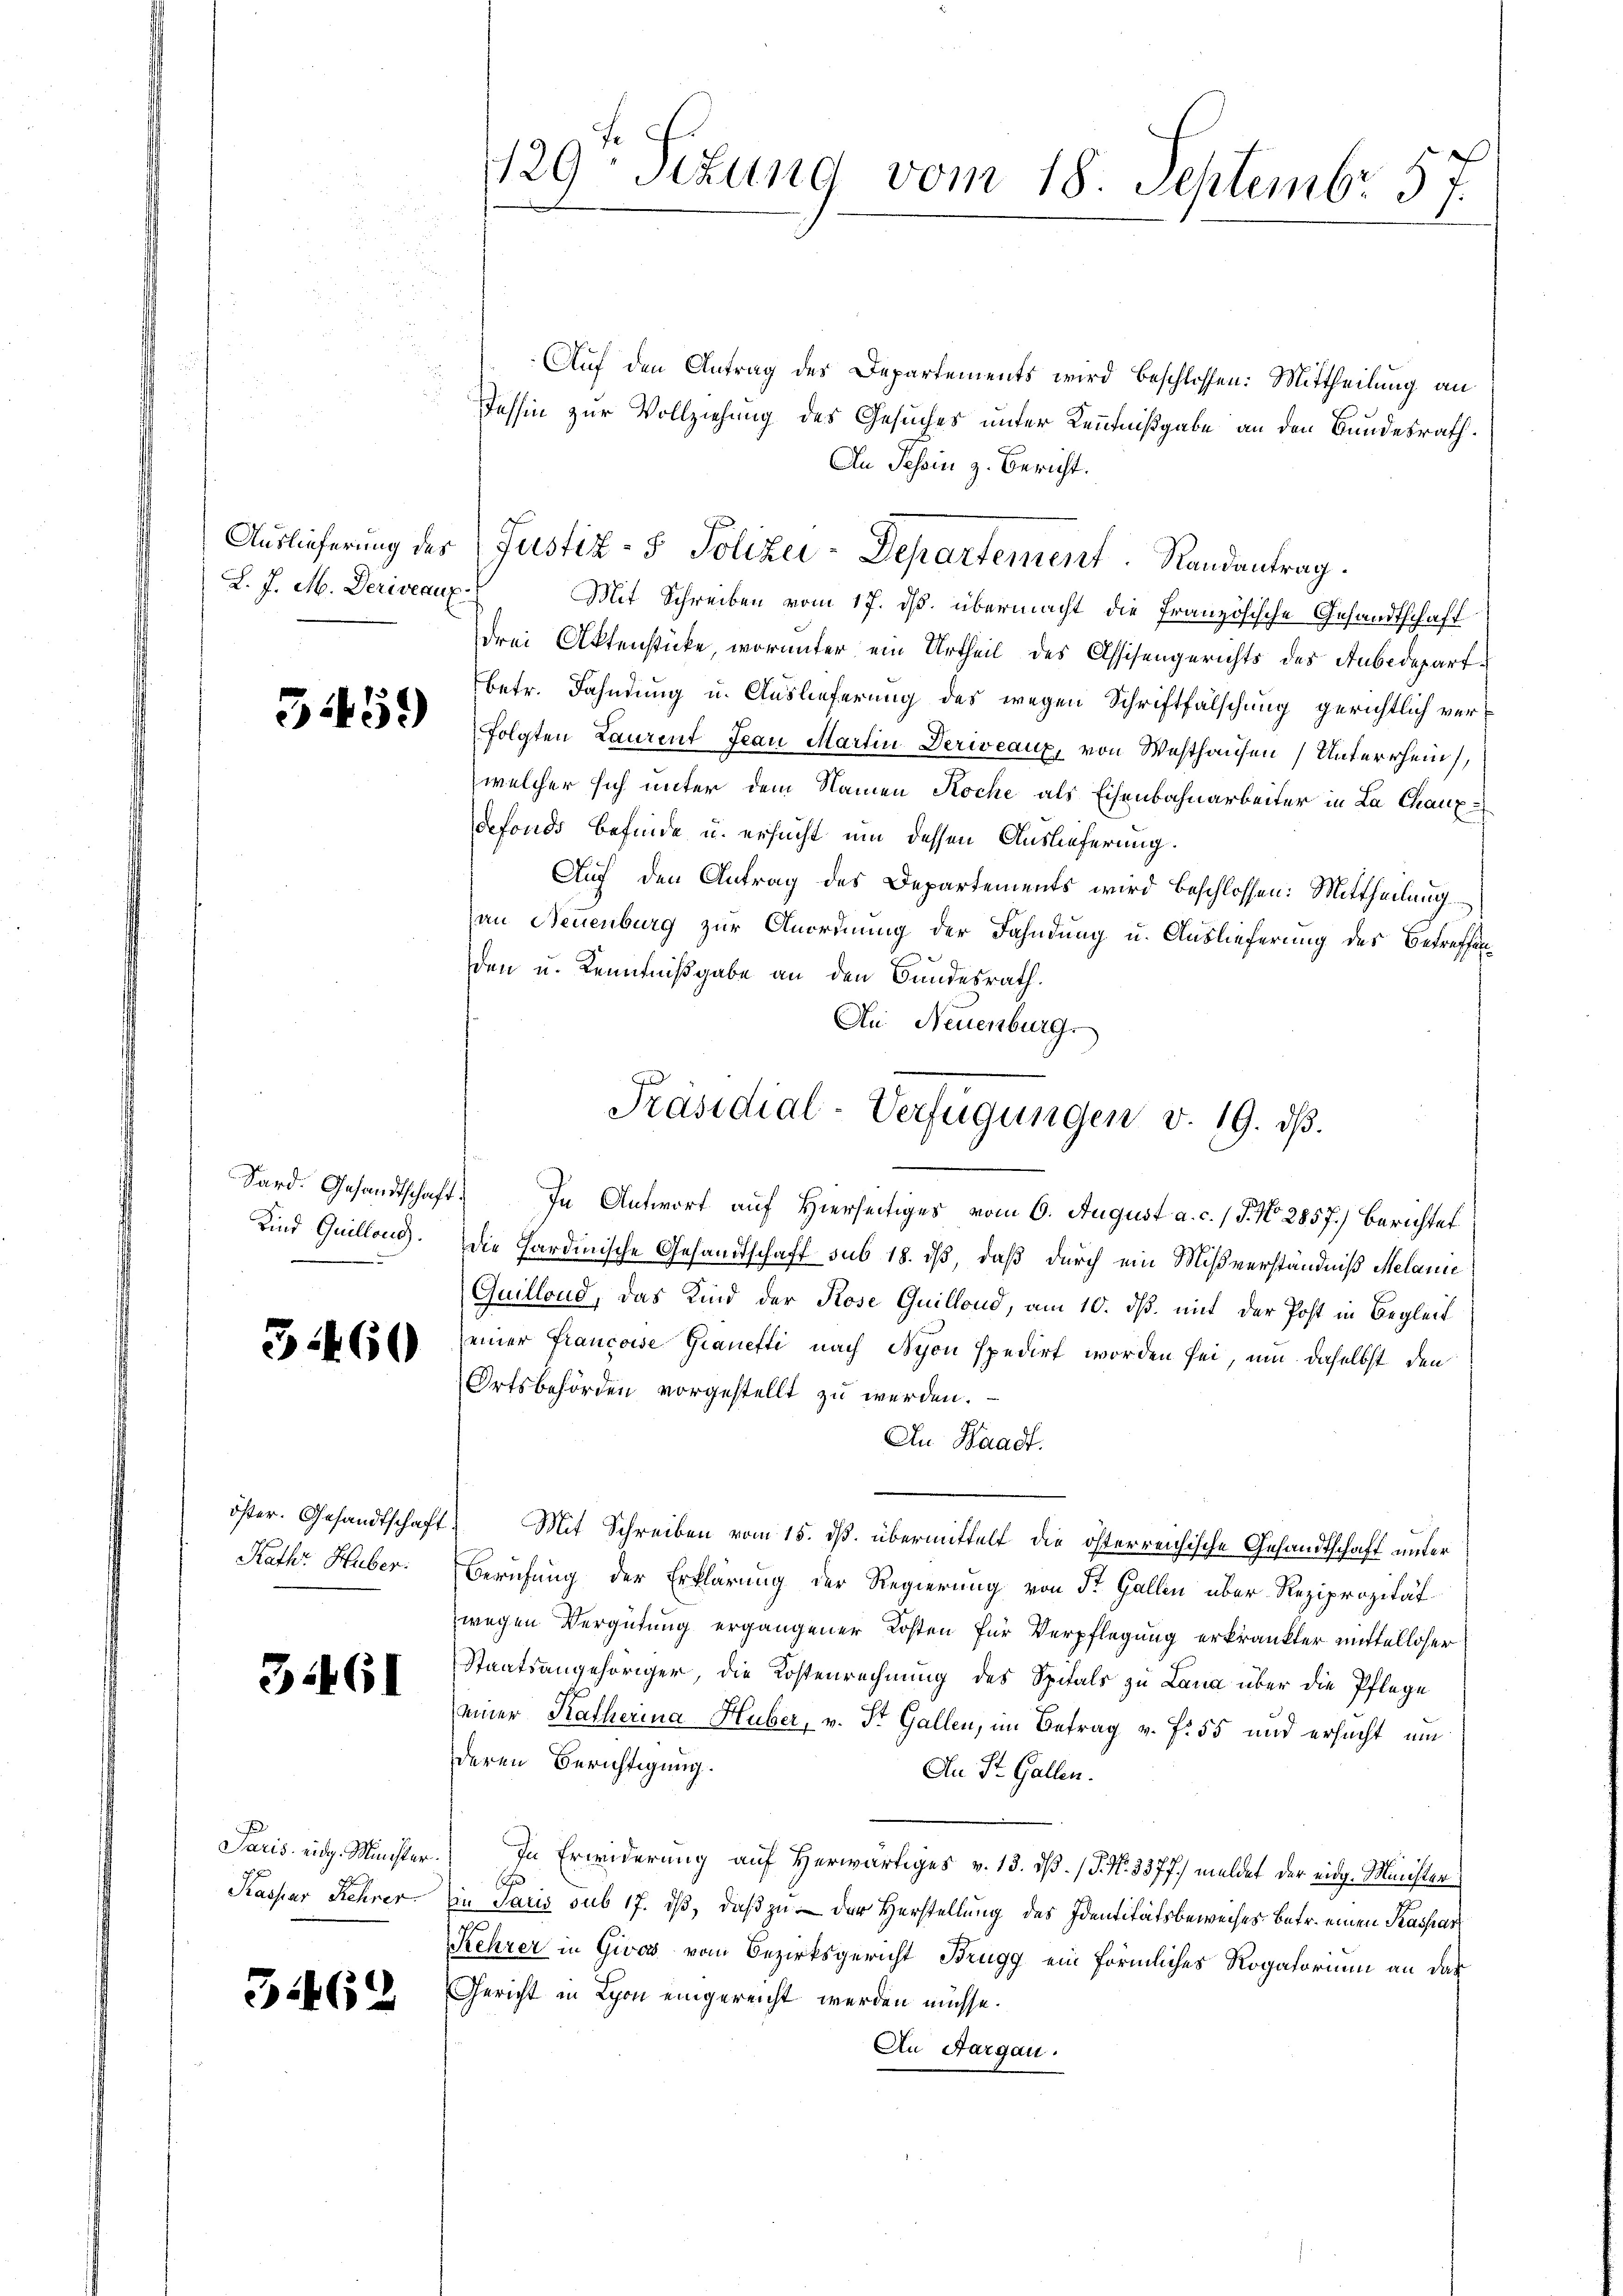
L. J. M. Deriveaux.

5459

Kind Quillons.

3

60

öster. Gesandtschaft
Kath. Huber:

34461

Paris eidg. Minister
Kaspar Kehrer

3462

129- Sizung vom 18. Septembr 57.

Auf den Antrag des Departements wird beschlossen: Mittheilung an
Tessin zur Vollziehung des Gesuches unter Kenntnißgabe an den Bundesrath
An Schein z. Bericht.
Mit Schreiben vom 17. ds. übermacht die Französische Gesandtschaff
drei Aktenstücke, worunter ein Urtheil des Assisengerichts des Anbedepartbetr. Fahndung u. Auslieferung des wegen Schriftfälschung gerichtlich verfolgten Laurent Jean Martin Deriveaux, von Westhausen Unterrhein,
welcher sich unter dem Namen Koche als Eisenbahnarbeiter in La Chaux-
defonds befinde u. ersucht um dessen Auslieferung.
Auf den Antrag des Departements wird beschlossen: Mittheilung
an Neuenburg zur Anordnung der Fahndung u. Auslieferung des Betreffenden u. Kenntnißgabe an den Bundesrath.
Au Neuenburg
Sard. Gesandtschaft. In Antwort auf Hierseitiges vom 6. August a. c. J. No. 2857.) Berichtet
die Hardinische Gesandtschaft sub 18. dβ, daß durch ein Mißverständniß Melanie
Quillond, das Kind der Rose Quillond, am 10. dß. mit der Post in Begleich
seiner Francoise Granetti nach Nyon spedirt worden sei, um daselbst den
Ortsbehörden vorgestellt zu werden.
An Waadt.
Mit Schreiben vom 15. ds. übermittelt die österreichische Gesandtschaft unter
Berufung der Erklärung der Regierung von St. Gallen über Reziprozität
wegen Vergütung ergangener Kosten für Verpflegung erkränkter mittelloser
Staatsangehöriger, die Kostenrechnung des Spitals zu Lana über die Pflege
einer Katherina Huber, v. St. Gallen, im Betrag v. fr. 55 und ersucht, um
deren Berichtigung.
An St. Gallen.
In Erwiderung auf herwärtiges v. 13. dβ. / P. Nr. 3377.) meldet der eidg. Ministerin Paris sub 17. ds, daß zu – der Herstellung des Identitätsbeweises betr. einen Kaspar
Kehrer in Givos vom Bezirksgericht Brugg ein förmliches Rogatorium an das
Gericht in Lyon eingereicht werden müsse.
An Aargau.

Auslieferung des (Justiz- & Polizei-Departement. Randantrag.

Präsidial-Verfügungen v. 19. dβ.